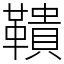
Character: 鞼